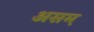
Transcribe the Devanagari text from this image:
असम़